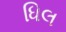
ધિલ